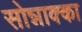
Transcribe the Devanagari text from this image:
सोन्नाक्का